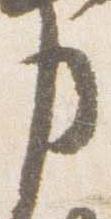
申